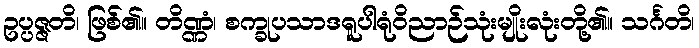
ဥပ္ပဇ္ဇတိ၊ ဖြစ်၏။ တိဏ္ဏံ၊ စက္ခုပသာဒရူပါရုံဝိညာဉ်သုံးမျိုးလုံးတို့၏။ သင်္ဂတိ၊